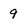
Character: 9